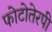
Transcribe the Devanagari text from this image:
फोटोतेरपी